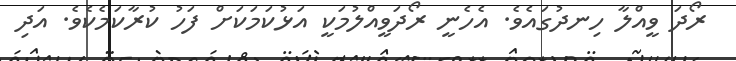
ރޯދަ ވީއްލާ ހިނދުގައެވެ. އެހެނީ ރޯދަވީއްލުމަކީ އަޅުކަމަކަށް ފަހު ކުރާކަމެކެވެ. އަދި